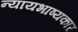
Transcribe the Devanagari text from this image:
न्यायभाष्यकार